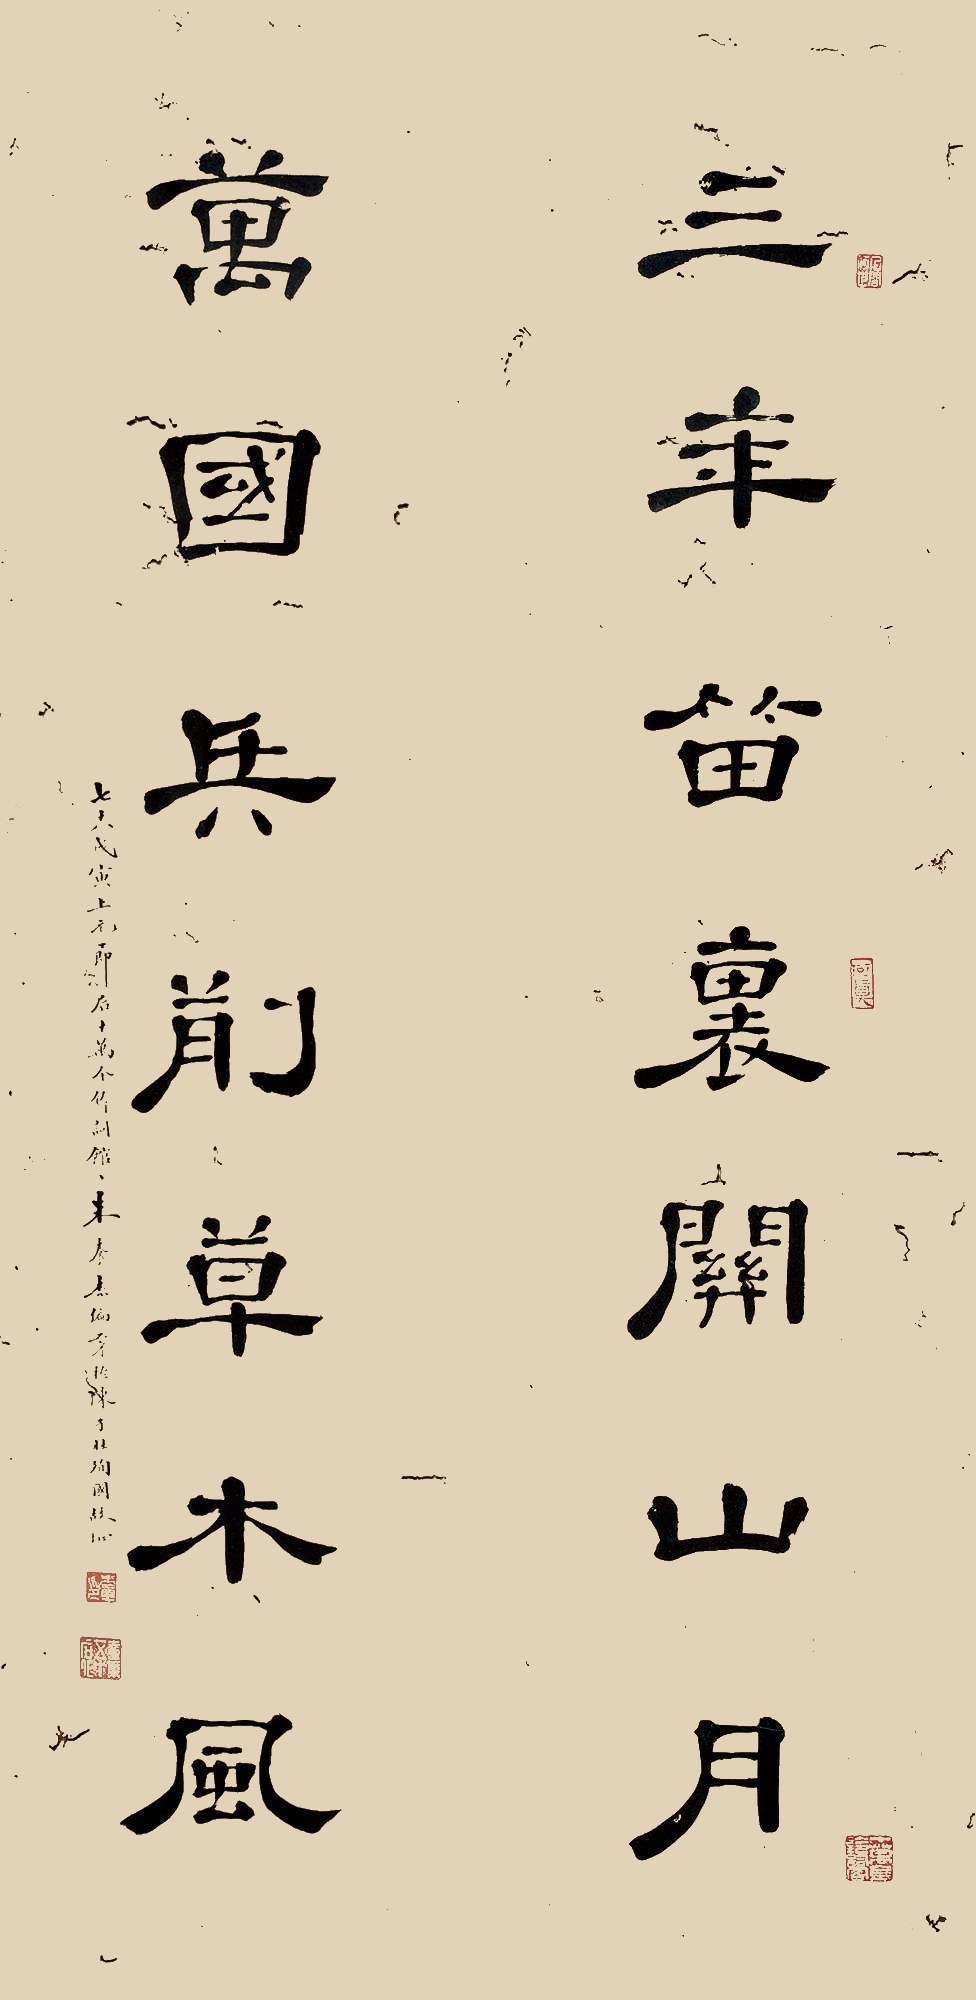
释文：三年笛里关山月，万国兵前草木风。七十八戊寅上元节后十万金铃词馆主，朱养素偏陈芳于子壮殉国故地。